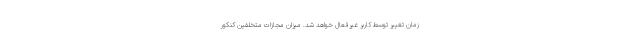
زمان تغییر توسط کاربر غیرفعال خواهد شد. میزان مجازات متخلفین کنکور